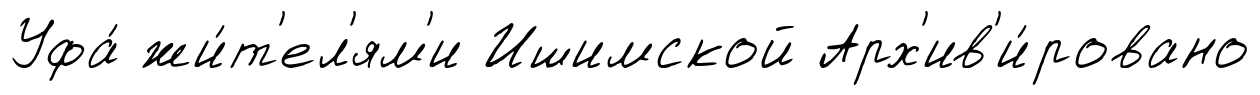
Уфа́ жи́т'ел'ям'и Ишимской Арх'ив'и́ровано